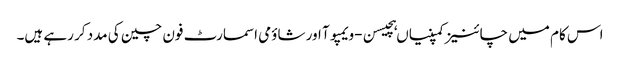
اس کام میں چائنیز کمپنیاں ہچیسن-ویمپوآ اور شاؤمی اسمارٹ فون چین کی مدد کر رہے ہیں۔